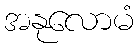
အနုလောမံ